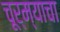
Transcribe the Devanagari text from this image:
चूर्म्याचा